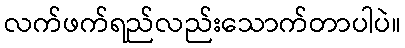
လက်ဖက်ရည်လည်းသောက်တာပါပဲ။